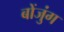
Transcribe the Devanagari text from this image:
बोंजुंग